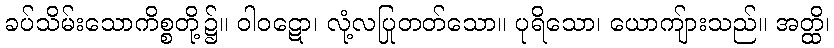
ခပ်သိမ်းသောကိစ္စတို့၌။ ဝါဝဋော၊ လုံ့လပြုတတ်သော။ ပုရိသော၊ ယောကျ်ားသည်။ အတ္ထိ၊